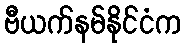
ဗီယက်နမ်နိုင်ငံက